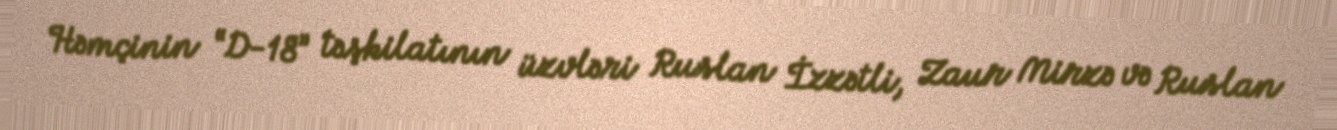
Həmçinin “D-18” təşkilatının üzvləri Ruslan İzzətli, Zaur Mirzə və Ruslan